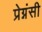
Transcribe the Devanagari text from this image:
प्रेग्नंसी